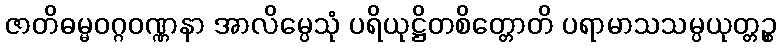
ဇာတိဓမ္မဝဂ္ဂဝဏ္ဏနာ အာလိမ္ပေသုံ ပရိယုဋ္ဌိတစိတ္တောတိ ပရာမာသသမ္ပယုတ္တဉ္စ